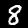
Label: 8